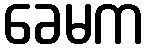
ခေမက